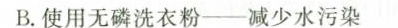
B.使用无磷洗衣粉--减少水污染